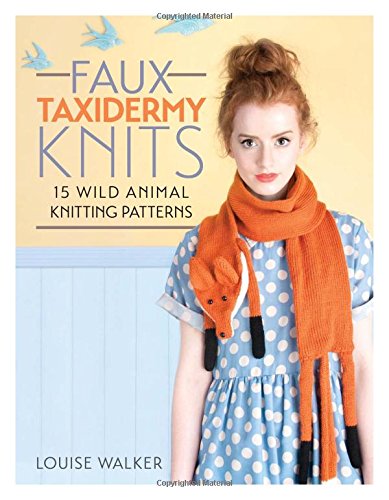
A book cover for Faux Taxidermy Knits: 15 Wild Animal Knitting Patterns; Louise Walker; Crafts, Hobbies & Home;